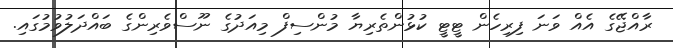
ރާއްޖޭގެ އެއް ވަނަ ފިރިހެން ޓީޓީ ކުޅުންތެރިޔާ މުންސިފް މިއަދުގެ ނޫސްވެރިންގެ ބައްދަލުވުމުގައި.